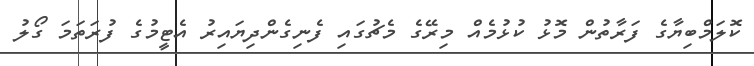
ކޮލަމްބިޔާގެ ފަރާތުން މޮޅު ކުޅުމެއް މިރޭގެ މެޗުގައި ފެނިގެންދިޔައިރު އެޓީމުގެ ފުރަތަމަ ގޯލު